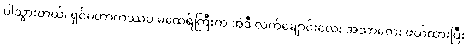
ပါသွားတယ်၊ ရှင်မဟာကဿပ မထေရ်ကြီးက အဲဒီ လက်ချောင်းလေး အသာလေး ဖယ်ထားပြီး